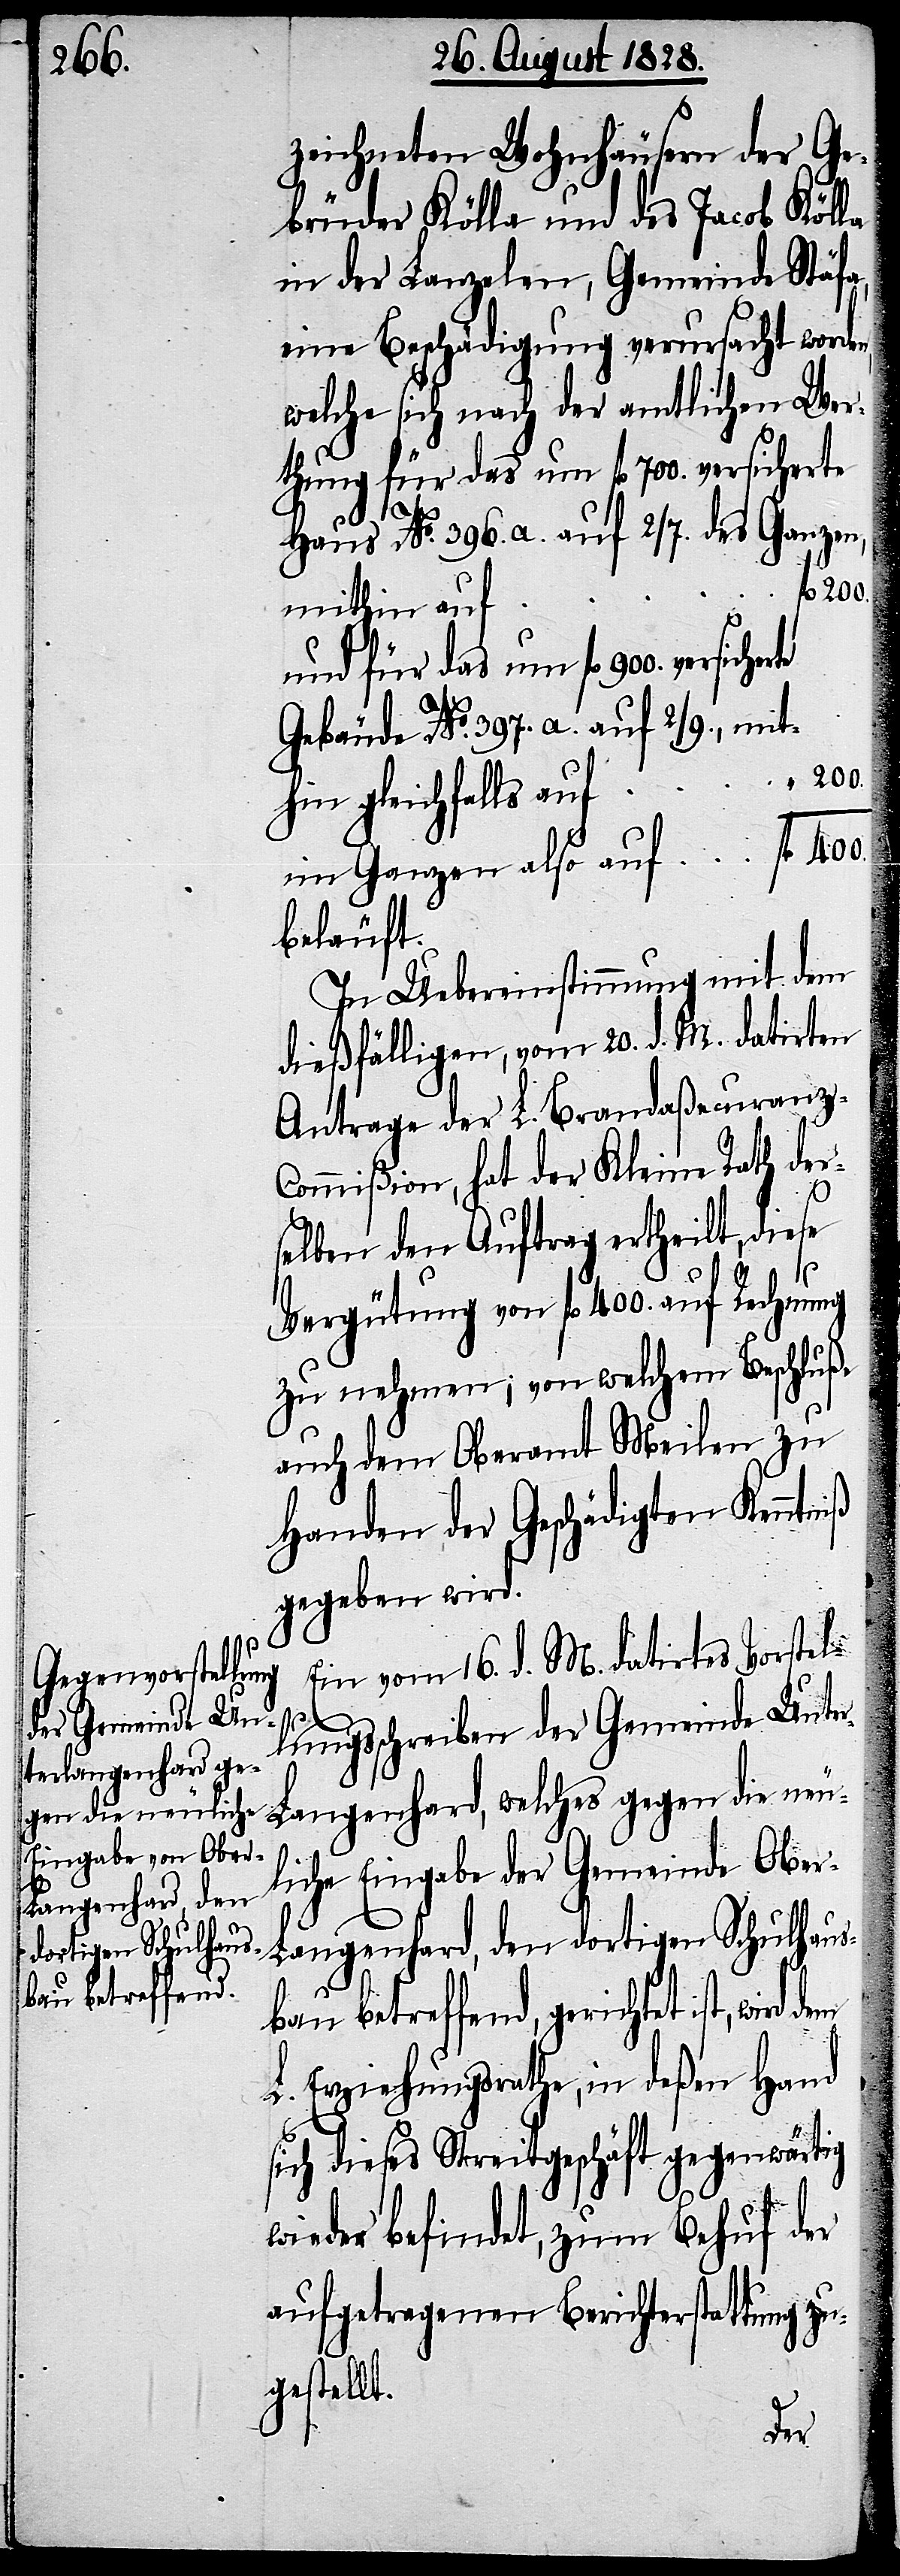
zeichneten Wohnhäusern der Ge¬
brüder Kölla und des Jacob Kölla
in der Lanzelen, Gemeinde Stäfa,
eine Beschädigung verursacht worden,
welche sich nach der amtlichen Wer¬
und für das um fl. 900 versicherte
die neul¬
Haus No. 396. a. auf 2/7. des Ganzen,
mithin auf
Gebäude No. 397. a. auf 2/9., mit¬
200.
hin gleichfalls auf
im Ganzen also auf
beläuft.
In Uebereinstimmung mit dem
dießfälligen, vom 20. d. M. datirten
Antrage der L. Brandaßecuranz-C¬
ommißion, hat der Kleine Rath der¬
selben den Auftrag ertheilt, diese
Vergütung von fl. 400. auf Rechnung
zu nehmen; von welchem Beschluße
auch dem Oberamte Meilen zu
Handen der Geschädigten Kenntniß
gegeben wird.
Ein vom 16. d. M. datirtes Vorstel¬
lungsschreiben der Gemeinde Unt¬
er-Langenhard, wel¬
iche Eingabe der Gemeinde Obe¬
r-Langenhard, den
dortigen Schulhaus¬
bau betreffend, gerichtet ist, wird
L. Erziehungsrathe, in deßen Hand
sich dieses Streitgeschäft gegenwärtig
wieder befindet, zum Behuf der
aufgetragenen Berichterstattung zu¬
gestellt.
ches